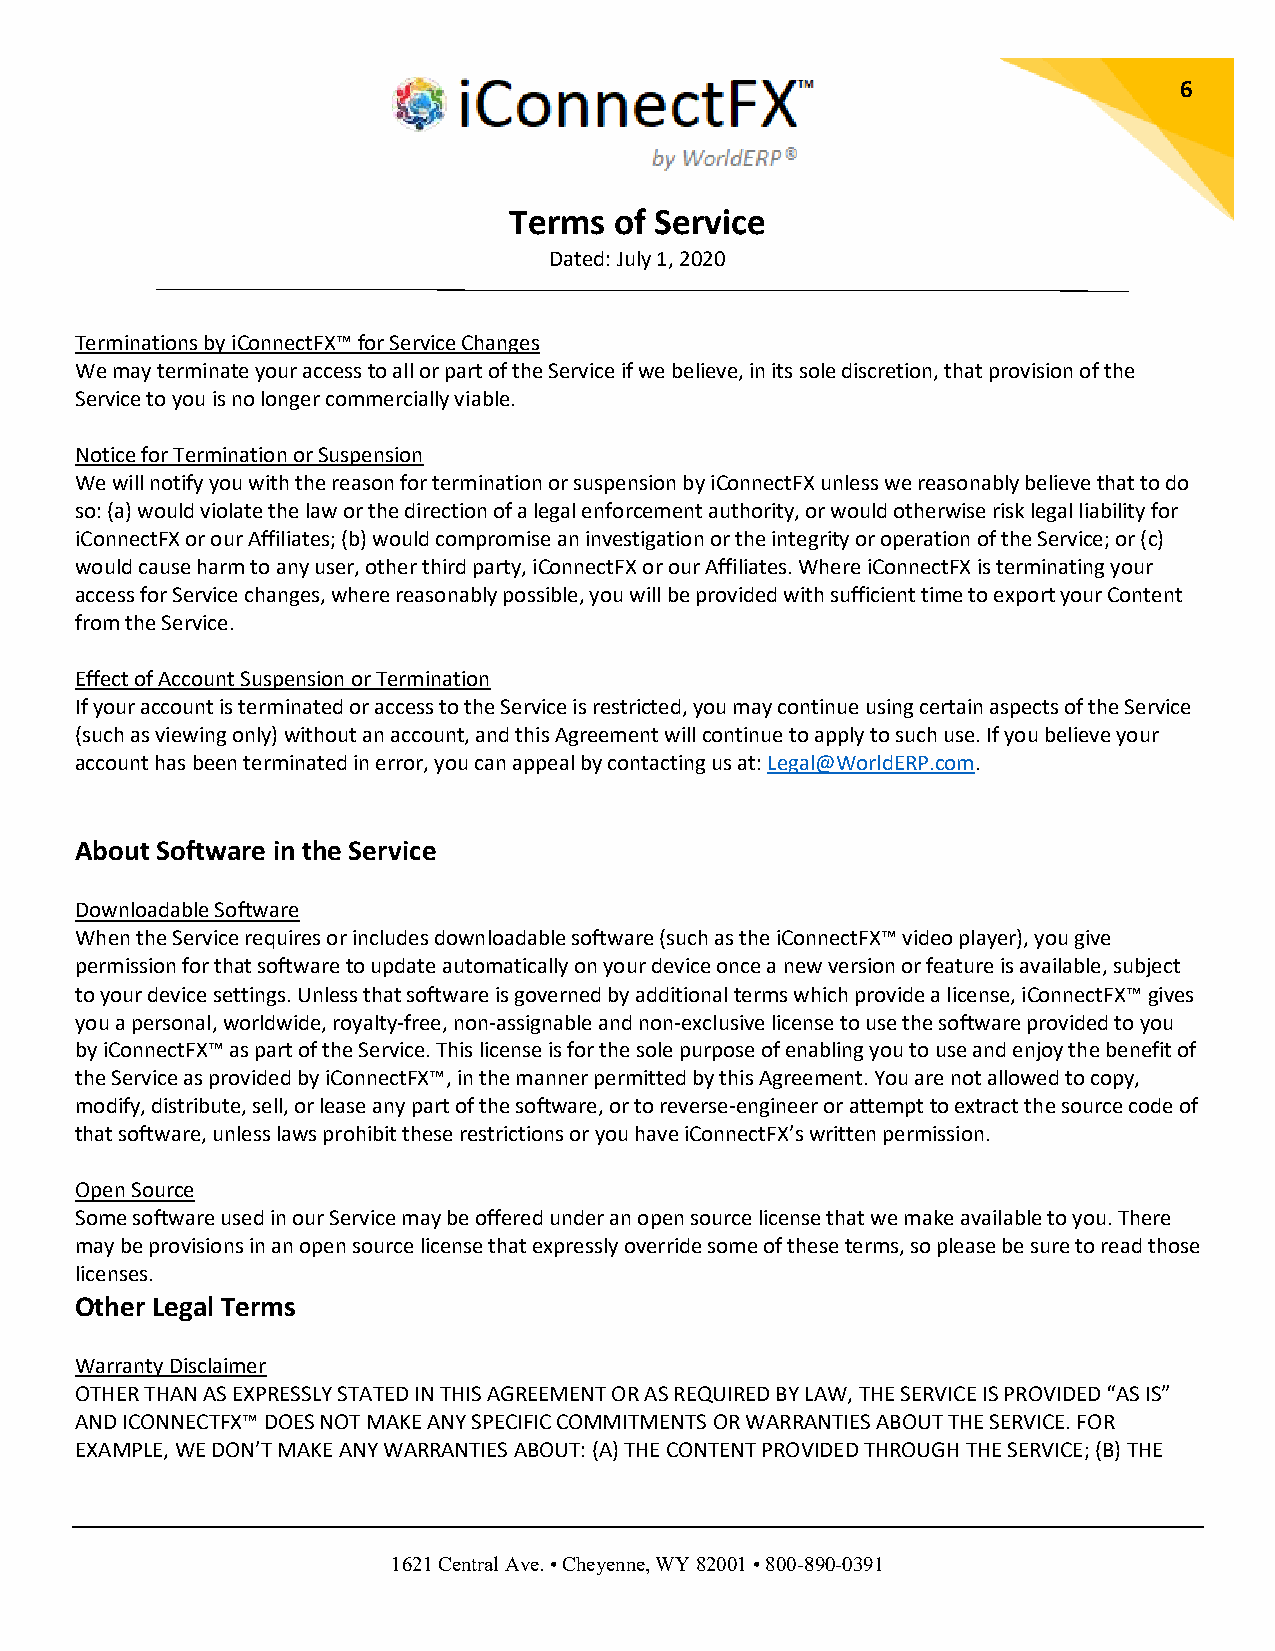
6
 Terms  of Service
 Dated: July 1, 2020
 Terminations by iConnectFX™ for Service Changes
 We may terminate your access to all or part of the Service if we believe, in its sole discretion, that provision of the
 Service to you is no longer commercially viable.
 Notice for Termination or Suspension
 We will notify you with the reason for termination or suspension by iConnectFX unless we reasonably believe that to do
 so: (a) would violate the law or the direction of a legal enforcement authority, or would otherwise risk legal liability for
 iConnectFX or our Affiliates; (b) would compromise an investigation or the integrity or operation of the Service; or (c)
 would cause harm to any user, other third party, iConnectFX or our Affiliates. Where iConnectFX is terminating your
 access for Service changes, where reasonably possible, you will be provided with sufficient time to export your Content
 from the Service.
 Effect of Account Suspension or Termination
 If your account is terminated or access to the Service is restricted, you may continue using certain aspects of the Service
 (such as viewing only) without an account, and this Agreement will continue to apply to such use. If you believe your
 account has been terminated in error, you can appeal by contacting us at: Legal@WorldERP.com.
 About Software in the Service
 Downloadable Software
 When the Service requires or includes downloadable software (such as the iConnectFX™ video player), you give
 permission for that software to update automatically on your device once a new version or feature is available, subject
 to your device settings. Unless that software is governed by additional terms which provide a license, iConnectFX™ gives
 you a personal, worldwide, royalty-free, non-assignable and non-exclusive license to use the software provided to you
 by iConnectFX™ as part of the Service. This license is for the sole purpose of enabling you to use and enjoy the benefit of
 the Service as provided by iConnectFX™, in the manner permitted by this Agreement. You are not allowed to copy,
 modify, distribute, sell, or lease any part of the software, or to reverse-engineer or attempt to extract the source code of
 that software, unless laws prohibit these restrictions or you have iConnectFX’s written permission.
 Open Source
 Some software used in our Service may be offered under an open source license that we make available to you. There
 may be provisions in an open source license that expressly override some of these terms, so please be sure to read those
 licenses.
 Other Legal Terms
 Warranty Disclaimer
 OTHER THAN AS EXPRESSLY STATED IN THIS AGREEMENT OR AS REQUIRED BY LAW, THE SERVICE IS PROVIDED “AS IS”
 AND ICONNECTFX™ DOES NOT MAKE ANY SPECIFIC COMMITMENTS OR WARRANTIES ABOUT THE SERVICE. FOR
 EXAMPLE, WE DON’T MAKE ANY WARRANTIES ABOUT: (A) THE CONTENT PROVIDED THROUGH THE SERVICE; (B) THE
 1621 Central Ave. • Cheyenne, WY 82001 • 800-890-0391